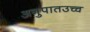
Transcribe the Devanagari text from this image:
अनुपातउच्च